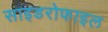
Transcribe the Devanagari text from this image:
साइडरोफाइल